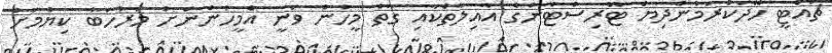
ޗުއްޓީ ހޭދަކުރަމުންދިޔަ ޓޫރިސްޓުންގެ އާއިލާތަކާއި ގާތް މީހުން ވަނީ އެމީހުންނަށް މަރުހަބާ ކިޔުމަށް